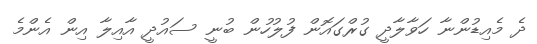
ދެ މެއިޑުންނާ ހަވާލާދީ ގުރްގައޮން ފުލުހުން ބުނީ ސައުދީ އާއިލާ އިން އެންމެ